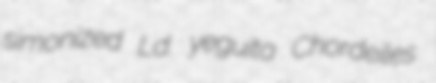
simonized Ld. yeguita Chordeiles